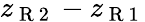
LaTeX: z_{\mathrm{~R~2~}}-z_{\mathrm{~R~1~}}